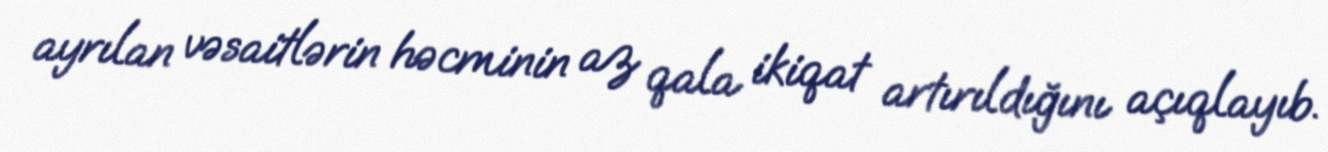
ayrılan vəsaitlərin həcminin az qala ikiqat artırıldığını açıqlayıb.